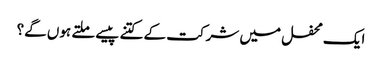
ایک محفل میں شرکت کے کتنے پیسے ملتے ہوں گے؟